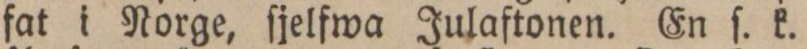
fat i Norge, ſjelfwa Julaftonen. En ſ. k.